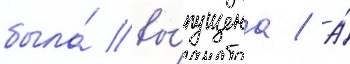
была́ вы́пущена / а́